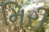
મિરી